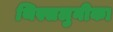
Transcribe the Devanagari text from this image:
थिस्सलुनीका